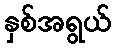
နှစ်အရွယ်